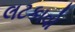
લટકાવો